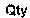
QTY